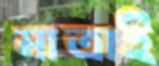
মাত্রাই